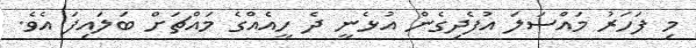
މި ފަހަރު މައްސަލަ އުފެދިގެން އުޅެނީ ދެ ހީއެއްގެ މައްޗަށް ބަލައިފަ އެވެ.